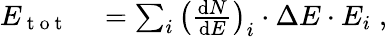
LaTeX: \begin{array}{rl}{E_{\mathrm{~t~o~t~}}}&{{}=\sum_{i}\left(\frac{\mathrm dN}{\mathrm dE}\right)_{i}\cdot\Delta E\cdot E_{i}\; ,}\end{array}